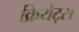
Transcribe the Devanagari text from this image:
क्रियेट्स